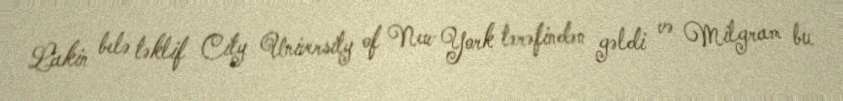
Lakin belə təklif City University of New York tərəfindən gəldi və Milgram bu